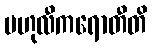
ဗဟုလီကရောတီတိ